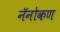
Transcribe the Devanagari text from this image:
नॅनोकण